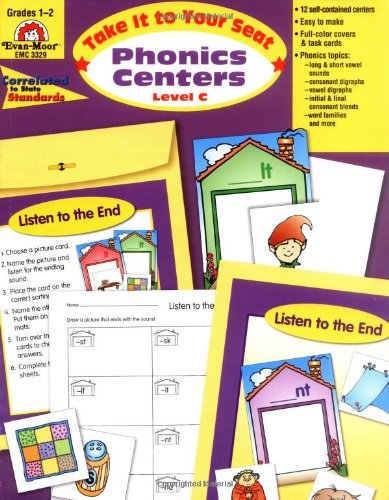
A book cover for Take It to Your Seat Phonics Centers, Grades 1-2; Evan Moor; Reference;